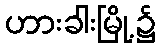
ဟားခါးမြို့၌